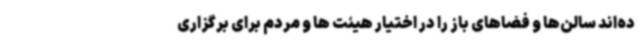
ده‌اند سالن‌ها و فضاهای باز را در اختیار هیئت ها و مردم برای برگزاری